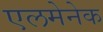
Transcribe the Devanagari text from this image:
एलमेनेक